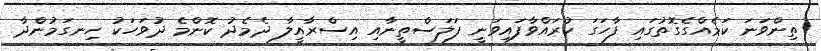
ތިންވަނަ ކަމެއްގެގޮތުގައި ފާހަގަ ކުރައްވާފައިވަނީ ފަލަސްތީނާއި އިސްރާއީލާ ދެމެދު ކޮންމެ ދުވަހަކު ހިނގަމުންދާ